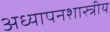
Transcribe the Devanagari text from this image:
अध्यापनशास्त्रीय